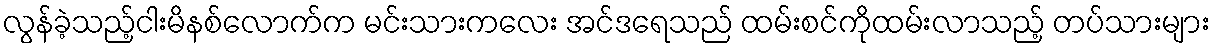
လွန်ခဲ့သည့်ငါးမိနစ်လောက်က မင်းသားကလေး အင်ဒရေသည် ထမ်းစင်ကိုထမ်းလာသည့် တပ်သားများ